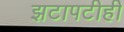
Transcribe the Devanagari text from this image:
झटापटीही